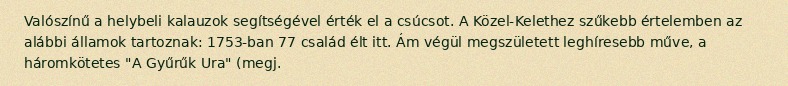
Valószínű a helybeli kalauzok segítségével érték el a csúcsot. A Közel-Kelethez szűkebb értelemben az alábbi államok tartoznak: 1753-ban 77 család élt itt. Ám végül megszületett leghíresebb műve, a háromkötetes "A Gyűrűk Ura" (megj.